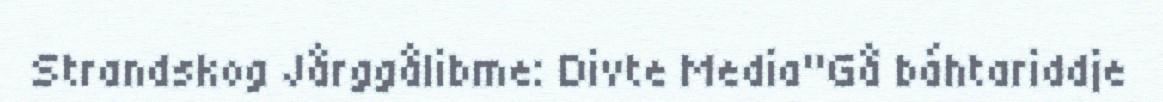
Strandskog Jårggålibme: Divte Media"Gå báhtariddje